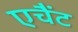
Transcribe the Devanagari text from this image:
एचैंट